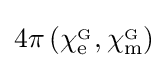
4\pi \left(\chi _{\mathrm {e} }^{_{\mathrm {G} }},\chi _{\mathrm {m} }^{_{\mathrm {G} }}\right)